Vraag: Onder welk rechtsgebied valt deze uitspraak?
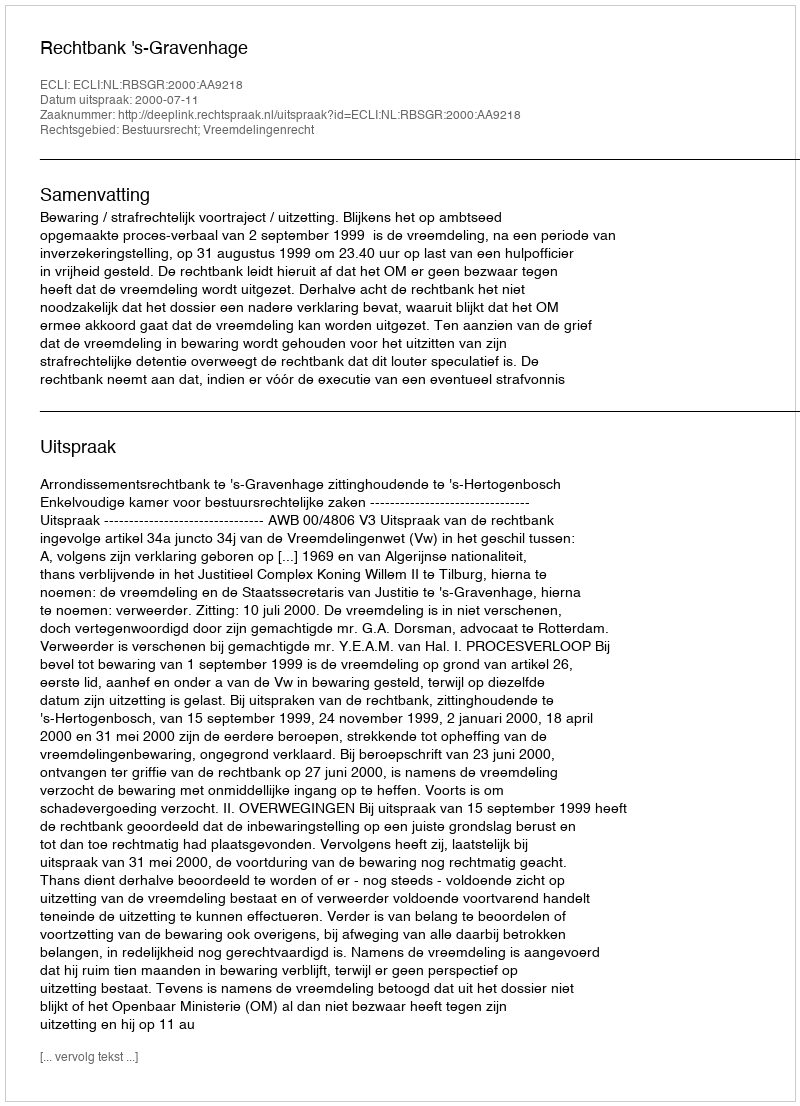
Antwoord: Bestuursrecht; Vreemdelingenrecht